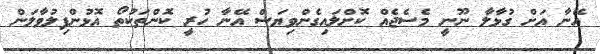
އޭނާ އަށް ގުޅާލާ ނޫނީ މެސެޖެއް ކޮށްލައިގެންވިޔަސް އޭނާ ހުރީ ކޮންތަކުތޯ އޮޅުންފިލުވާލަން